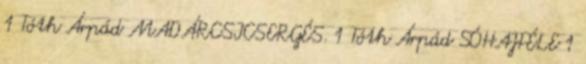
1 Tóth Árpád MADÁRCSICSERGÉS. 1 Tóth Árpád SÓHAJFÉLE 1